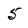
Character: 5